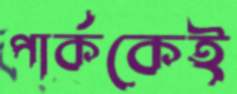
পার্ককেই